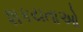
શકયતાઓ